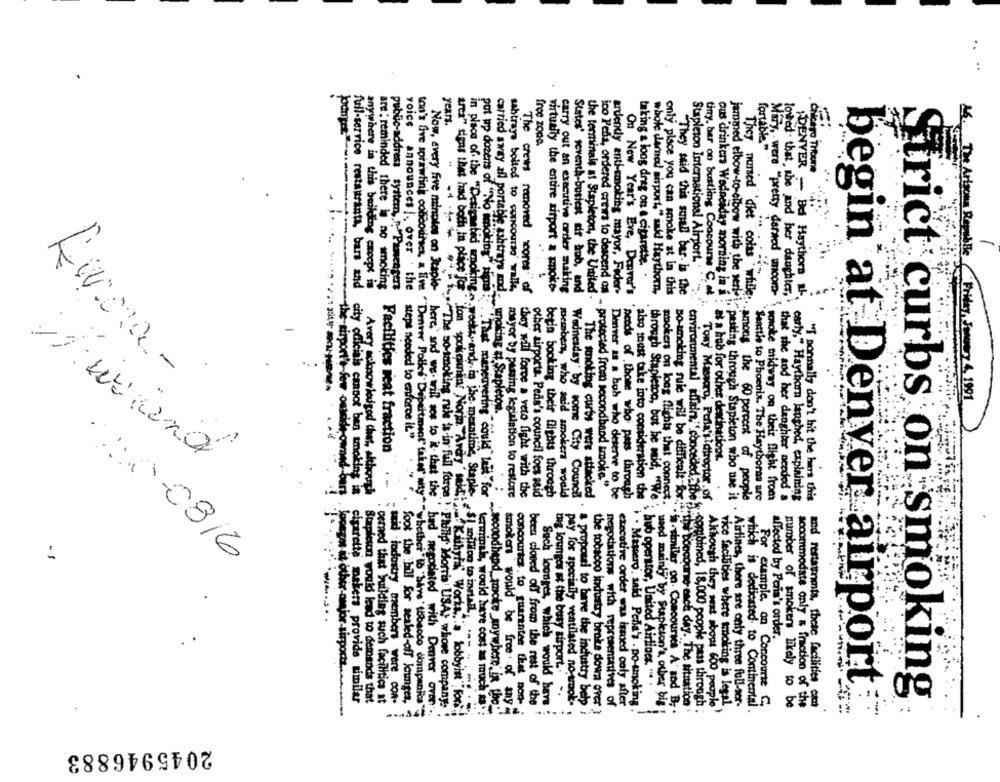
.
years.
free zone.
Portable "
Chicago Tribune
taking & loog drag on e cigarette. .
full-service restaurants, bars and
anywhere in this bookding except in
are : reminded there is no smoking
public-address tystem, . Panengen
voice announces !. over . the
Now, every five minutes on Staple-
The crews removed scores" of
virtually the entire zitport & poko-
carry out an executive order making
ico Pela, ordered entirs to descend os
ardendy anti-smoking mayor, Fader-
sabinaye boiled to concoursd' walls,
States' seventh-busiest sir Bob, and
the terminals at Stapleton, the United .
whole damal sisport," and Haythorn,
only place you can smoke at in this
"They said this small bar. is the
Stapleton International Airport.
tiny. ber on bustling Concourse C. at
Miry, - were "pretty darnod unicom-
lowted that she and her daughter,
DENVER - Bd Haythorn al-
They nursed det coles while : .
jammed elbow-to-elbow with the verti- p
carried away all portable ashtrays mod . unoking si Stapleton.
steps needed to enforce it."
Facilities reat fraction
ous drinkers Wednesday morning in a :"at a hub for other destinations.
the airport's few outside, owned-bart
city officials cannot ben smoking in
Åvery knowledged chat, allorapå
mayor by passing legislation to restore
protected from secondhand smoke."
in place of the "Designebid smoking " weeks, and, in the meantime, Staple.
put up dozens of "No menoking" tim:"Tast maneuvering could" lait "for
they will forve a veto fight with the
other airports. Pens's council fors ssid
begin booking their flights through
member, who said smokers would
Wednesday by some City Council
The snoking curbs were attacked
Denver is a boh who deserve to be
On New Year's Eve, Denver's 'needs of .those who pass through
.pasting through Stapleton who use it
.. among the 60 percent of people
Seattle to Phoenix. The Haythorns are
smoke midway on their flight from
that the sod her denghter needed
arty," Haythorn laughed, explaining
also must take into consideration the
smokers on long flights that connect.
Towy Masacro, Perla'yidirector. of
environmental iffair,"conceded afbe ;).
:
/00-08/6
$I milion to install. ...
affected by Paris's order.
me lounger of the bury sisport ..
hub operator, United Airlines ...
cigarette nakers provide similar
Stapleton would lead to demands that
cerned that building such facilities at
said todostry members were com.
foot the hill for sealed-off lounges,
concourtcz. to guarantee that non-
Sach bourges, which would bars
pay for specially ventilated no tok.
negotiations with representatives of
.similar on. Concourses A and B.
vice facilities where smoking is legal
Airlines, there are only three full-per-
which is dedicated to Continental
For example, on Concourse C.
number of smoker likely to be
accommodate only & fraction of the
"I ponsally don't hit the hima this and restaurants, these facilities cat
begin at Denver airport:
Strict curbs on smoking
poegos at other-amajor-sirports ...........
ton's five sprawling cobicourses, a live "Denver Pollen" Department" take"my" "whether to "bare " tobacco companies"
here, and we will see to i. that the "had negotiated with Denver aver.
-- -- The so finoking rule is-in full force . Philip Morris USA; whore company:
area" spas that had both In place"for"lon spokoimin" Noria."Avery' midian! Kichytil Works"a lobbyist"for"
terminale, would have cost as much as
been closed off from the rest of the
& proposal to have the industry belp i
the tobacco industry broke down over }
executive order was ismed outy after
. Maspero', said Pedia's . po-smoking ."
through Stapleton, but he mid, wie. weed mainly by Stapleton's alber big !
no-smoking rule will be difficult for the concourse each day. The situation:
combined, 18,000 people pass through
Although they next about 600 people
:~ secondhand_make mywhere is the
smokers would be free . of any
2045946883